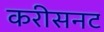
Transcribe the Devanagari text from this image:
करीसनट